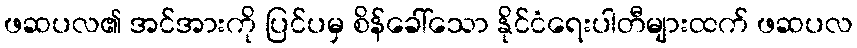
ဖဆပလ၏ အင်အားကို ပြင်ပမှ စိန်ခေါ်သော နိုင်ငံရေးပါတီများထက် ဖဆပလ